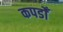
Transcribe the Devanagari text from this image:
कपडोँ